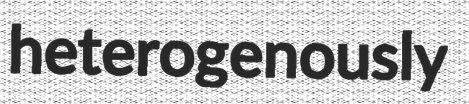
heterogenously